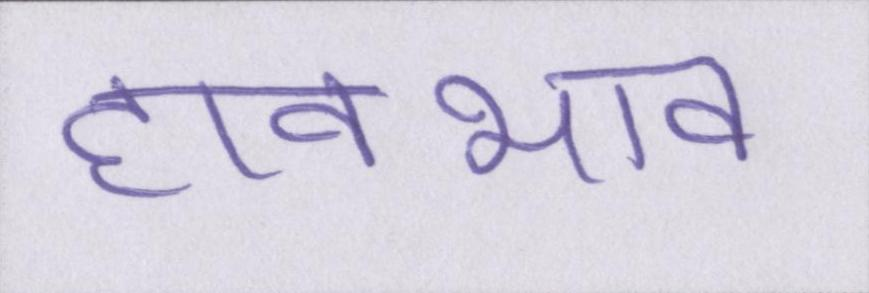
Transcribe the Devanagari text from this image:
हावभाव